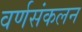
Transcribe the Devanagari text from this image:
वर्णसंकलन